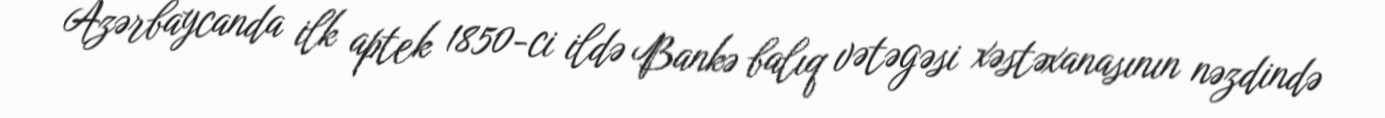
Azərbaycanda ilk aptek 1850-ci ildə Bankə balıq vətəgəsi xəstəxanasının nəzdində